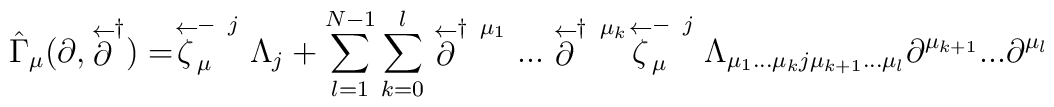
\hat{\Gamma}_{\mu} (\partial, \stackrel{\leftarrow}{\partial}^{\dagger})=\stackrel{\leftarrow}{\zeta}^{- \;\; j}_{\mu}\Lambda_{j} +\sum_{l=1}^{N-1} \sum_{k=0}^{l} \stackrel{\leftarrow}{\partial}^{\dagger \;\; \mu_{1}}...\stackrel{\leftarrow}{\partial}^{\dagger \;\; \mu_{k}}\stackrel{\leftarrow}{\zeta}^{- \;\; j}_{\mu}\Lambda_{\mu_{1}...\mu_{k} j \mu_{k+1}...\mu_{l}}\partial^{\mu_{k+1}}... \partial^{\mu_{l}}